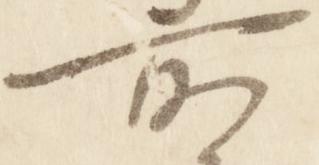
所